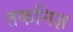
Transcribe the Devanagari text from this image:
तकनिज्ञ